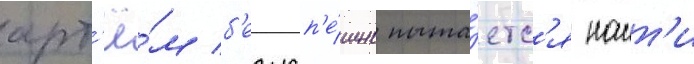
арт'ё́м б'езусп'е́шно пыта́етс'я наит'и